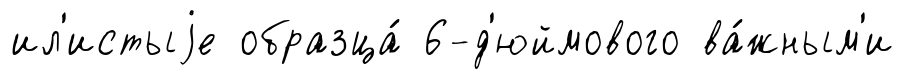
ил'истыjе образца́ 6-д'юймового ва́жным'и